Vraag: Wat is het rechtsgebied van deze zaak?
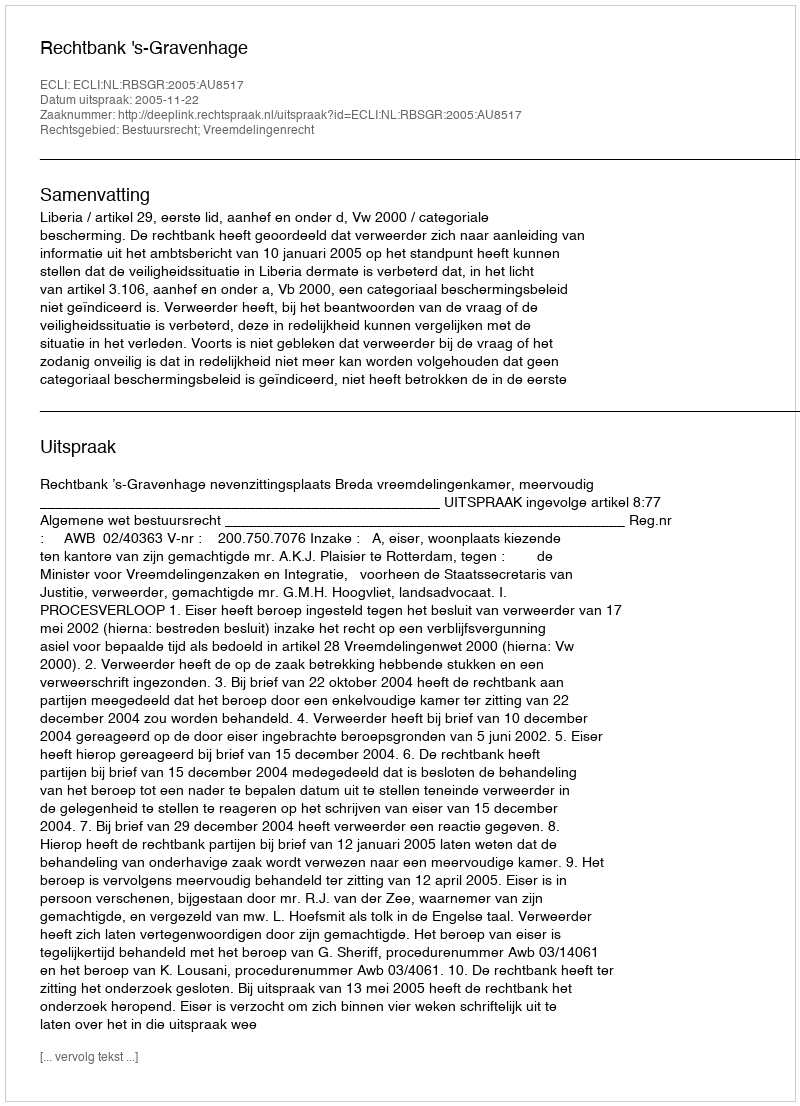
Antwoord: Bestuursrecht; Vreemdelingenrecht